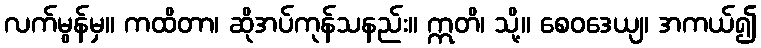
လက်မွန်မှ။ ကထိတာ၊ ဆိုအပ်ကုန်သနည်း။ ဣတိ၊ သို့။ စေဝဒေယျ၊ အကယ်၍